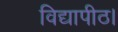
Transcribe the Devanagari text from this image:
विद्यापीठ।